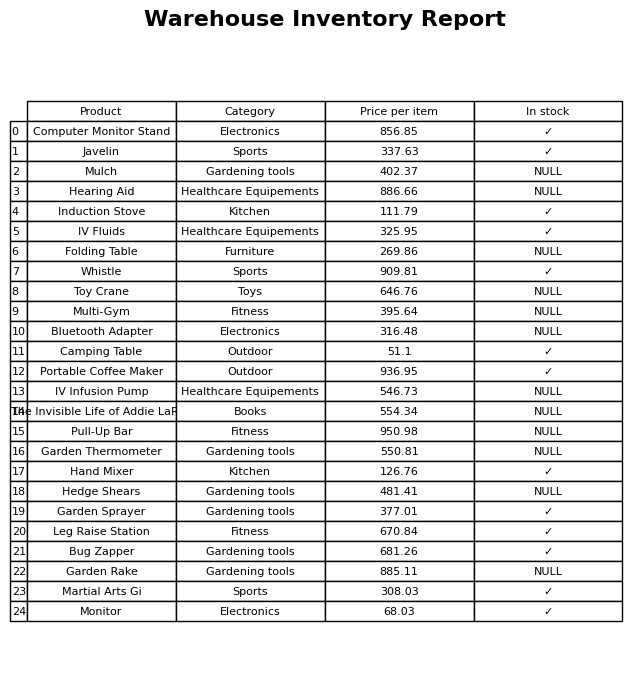
question: What is the price for IV Infusion Pump?
answer: The price of IV Infusion Pump is 546.73.